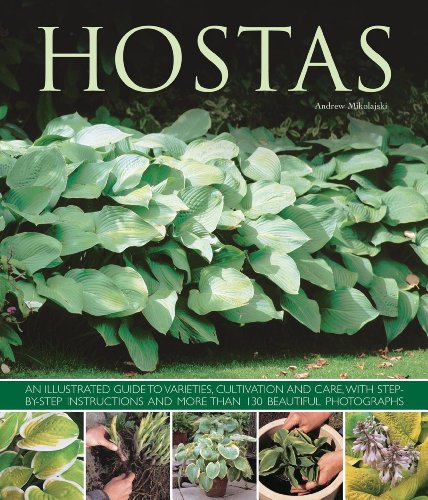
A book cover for Hostas: An illustrated guide to varieties, cultivation and care, with step-by-step instructions and more than 130 beautiful photographs; Andrew Mikolajski; Crafts, Hobbies & Home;